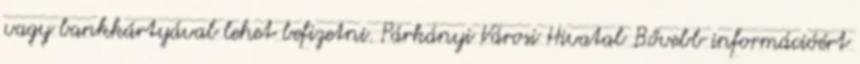
vagy bankkártyával lehet befizetni. Párkányi Városi Hivatal Bővebb információért